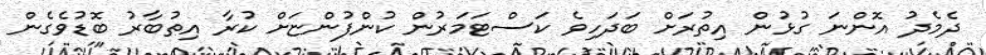
ދެމެދު އޮންނަ ގުޅުން އިތުރަށް ބަދަހިވެ ކަސްޓަމަރުން ކުންފުންޏަށް ކުރާ އިތުބާރު ބޮޑުވެގެން